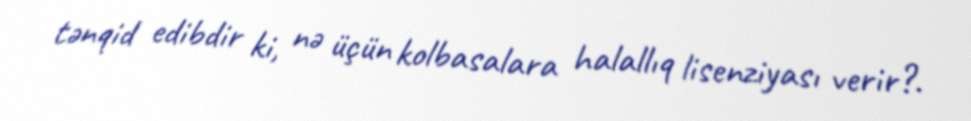
tənqid edibdir ki, nə üçün kolbasalara halallıq lisenziyası verir?.